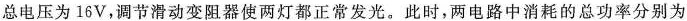
总电压为16V，调节滑动变阻器使两灯都正常发光。此时，两电路中消耗的总功率分别为